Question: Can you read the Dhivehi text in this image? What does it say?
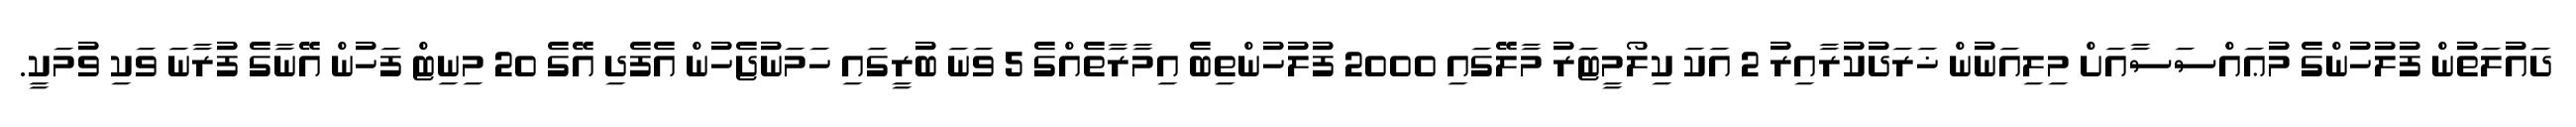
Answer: ދައުލަތުން ފުލުހުންގެ މުޢައްސަސާއަށް މިލިއަނުން ޚަރަދުކުރާއިރު 2 އަކަ ކިލޯމީޓަރު މާލޭގައި 2000 ފުލުހުންތިބެ އިމާރާތެއްގެ 5 ވަނަ ބުރީގައި ހަމަނުޖެހުން އެފެދި އޭގެ 20 މިނިޓް ފަހުން އޭނާގެ ފުރާނަ ވަކި ވުމަކީ.